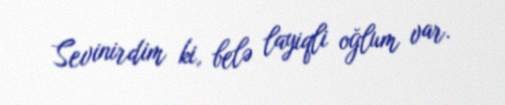
Sevinirdim ki, belə layiqli oğlum var.